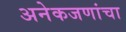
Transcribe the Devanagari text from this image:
अनेकजणांचा